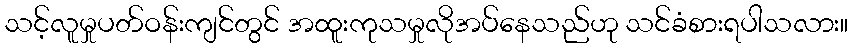
သင့်လူမှုပတ်ဝန်းကျင်တွင် အထူးကုသမှုလိုအပ်နေသည်ဟု သင်ခံစားရပါသလား။